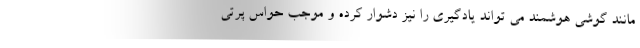
مانند گوشی هوشمند می تواند یادگیری را نیز دشوار کرده و موجب حواس پرتی